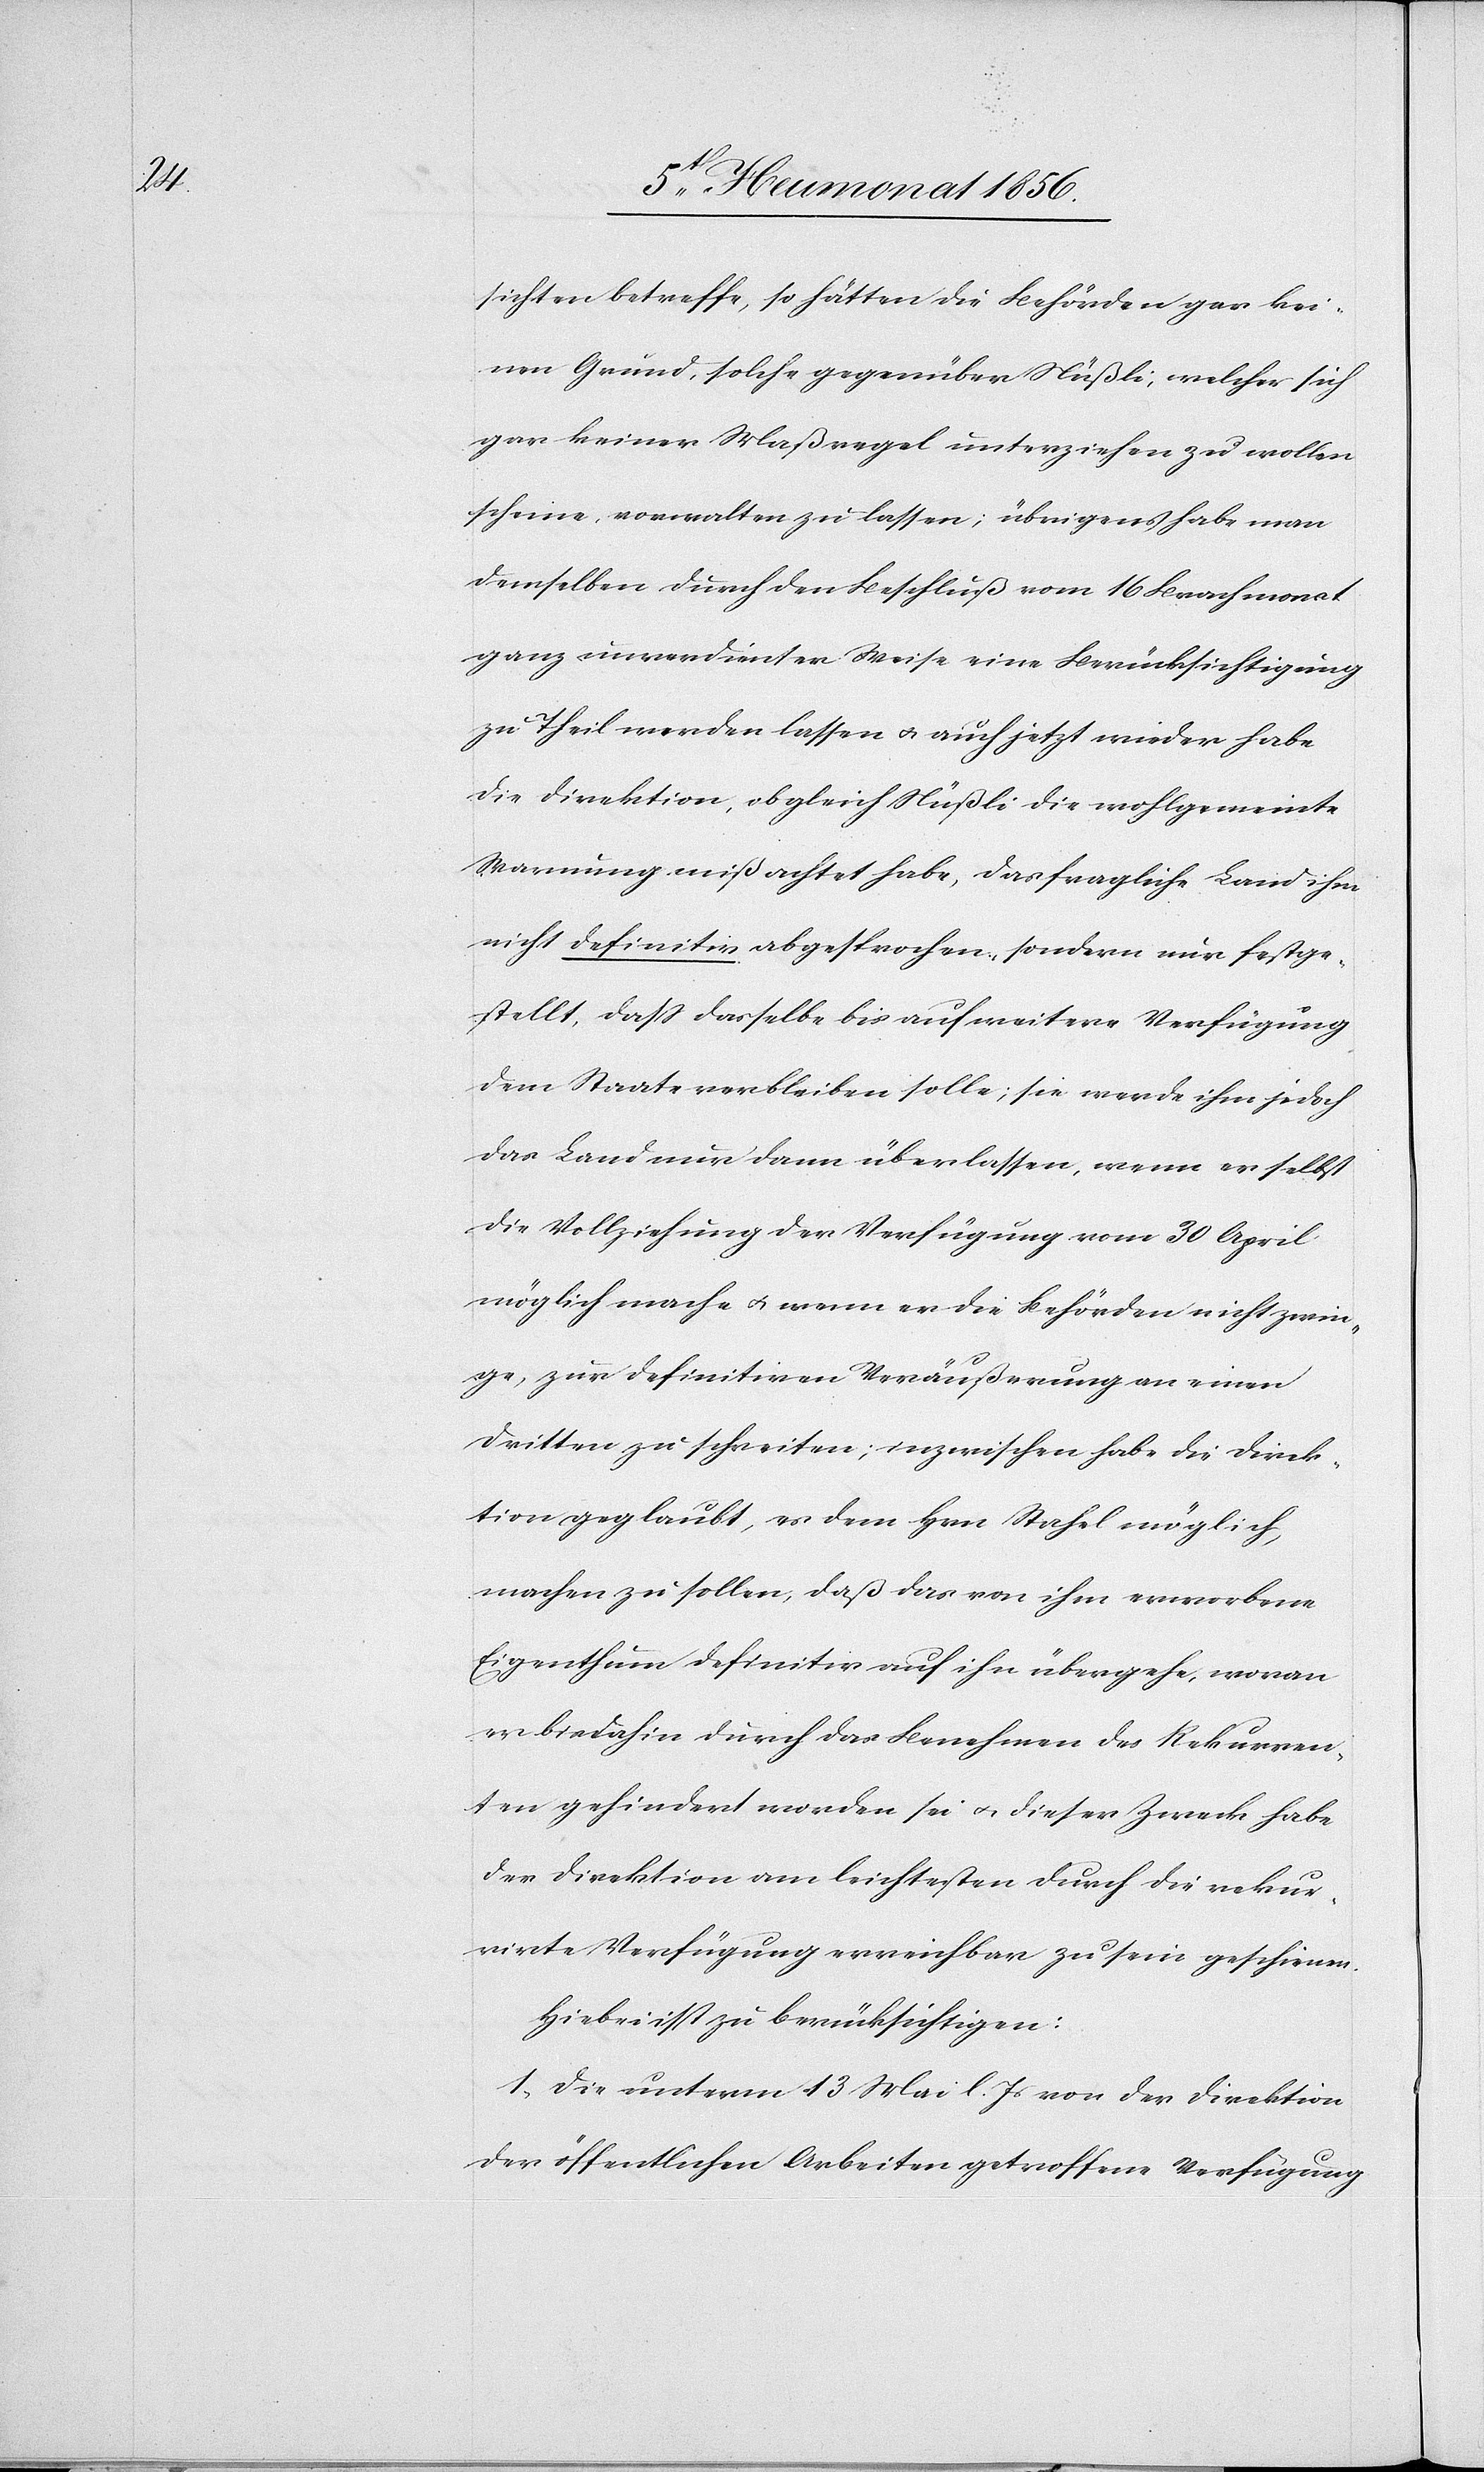
sichten betreffe, so hätten die Behörden gar kei¬
nen Grund, solche gegenüber Nüßli, welcher sich
gar keiner Maßregel unterziehen zu wollen
scheine, vorwalten zu lassen; übrigens habe man
demselben durch den Beschluß vom 16 Brachmonat
ganz unverdienter Weise eine Berücksichtigung
zu Theil werden lassen u. auch jetzt wieder habe
die Direktion, obgleich Nüßli die wohlgemeinte
Warnung mißachtet habe, das fragliche Land ihm
nicht definitiv abgesprochen, sondern nur festge¬
stellt, dass dasselbe bis auf weitere Verfügung
dem Staate verbleiben solle; sie werde ihm jedoch
das Land nur dann überlassen, wenn er selbst
die Vollziehung der Verfügung vom 30 April
möglich mache u. wenn er die Behörden nicht zwin¬
ge, zur definitiven Veräußerung an einen
Dritten zu schreiten; inzwischen habe die Direk¬
tion geglaubt, es dem Hrn Stahel möglich
machen zu sollen, daß das von ihm erworbene
Eigenthum definitiv auf ihn übergehe, woran
er bisdahin durch das Benehmen des Rekurren¬
ten gehindert worden sei u. dieser Zweck habe
der Direktion am leichtesten durch die rekur¬
rirte Verfügung erreichbar zu sein geschienen.
Hiebei ist zu berücksichtigen:
1. Die unterm 13 Mai l. Js von der Direktion
der öffentlichen Arbeiten getroffene Verfügung